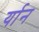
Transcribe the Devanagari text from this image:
र्यान